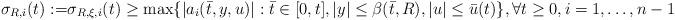
LaTeX: \begin{align*} \sigma_{R,i}(t):=&\sigma_{R,\xi,i}(t)\ge\max\{|a_{i}(\bar{t},y,u)|:\bar{t}\in[0,t],|y|\le\beta(\bar{t},R),|u|\le\bar{u}(t)\},\forall t\ge 0,i=1,\ldots,n-1\end{align*}